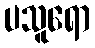
ပသူရော